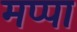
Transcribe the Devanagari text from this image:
मप्पा